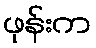
ဖုန်းက